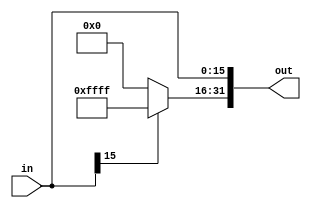
`timescale 1ns / 1ps
////////////////////////////////////////////////////////////////////////////////
// ECE369 - Computer Architecture
// 
//Team Members:  Sabrina Huaraque, John Irene Izere, Majed Almodhabri  
// % Effort    : Sabrina 33.33% , John 33.33%, Majed 33.33%
// Module - SignExtension.v
// Description - Sign extension module.
////////////////////////////////////////////////////////////////////////////////
module SignExtension(in, out);

  /* A 16-Bit input word */
    input [15:0] in;
    
    /* A 32-Bit output word */
    output reg [31:0] out;   //using always @
    //output [31:0] out;   //using assign statement
    
    /* Fill in the implementation here ... */
    always @ (in) begin
        if (in[15] == 0) begin
            out = 32'h0;
            out[15:0] = in;
        end
        else begin
            out[31:16] = 16'b1111111111111111;
            out[15:0] = in;
        end
    end
	

endmodule